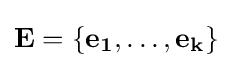
\mathbf {E} =\{\mathbf {e_{1}} ,\dots ,\mathbf {e_{k}} \}